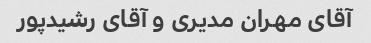
آقای مهران مدیری و آقای رشیدپور